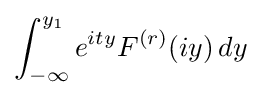
\int _{-\infty }^{y_{1}}e^{ity}F^{(r)}(iy)\,dy